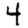
Digit: 4